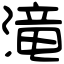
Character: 滝